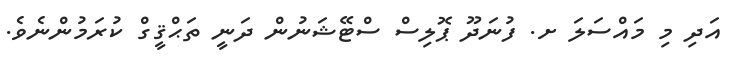
އަދި މި މައްސަލަ ށ. ފުނަދޫ ޕޮލިސް ސްޓޭޝަނުން ދަނީ ތަޙްޤީގް ކުރަމުންނެވެ.